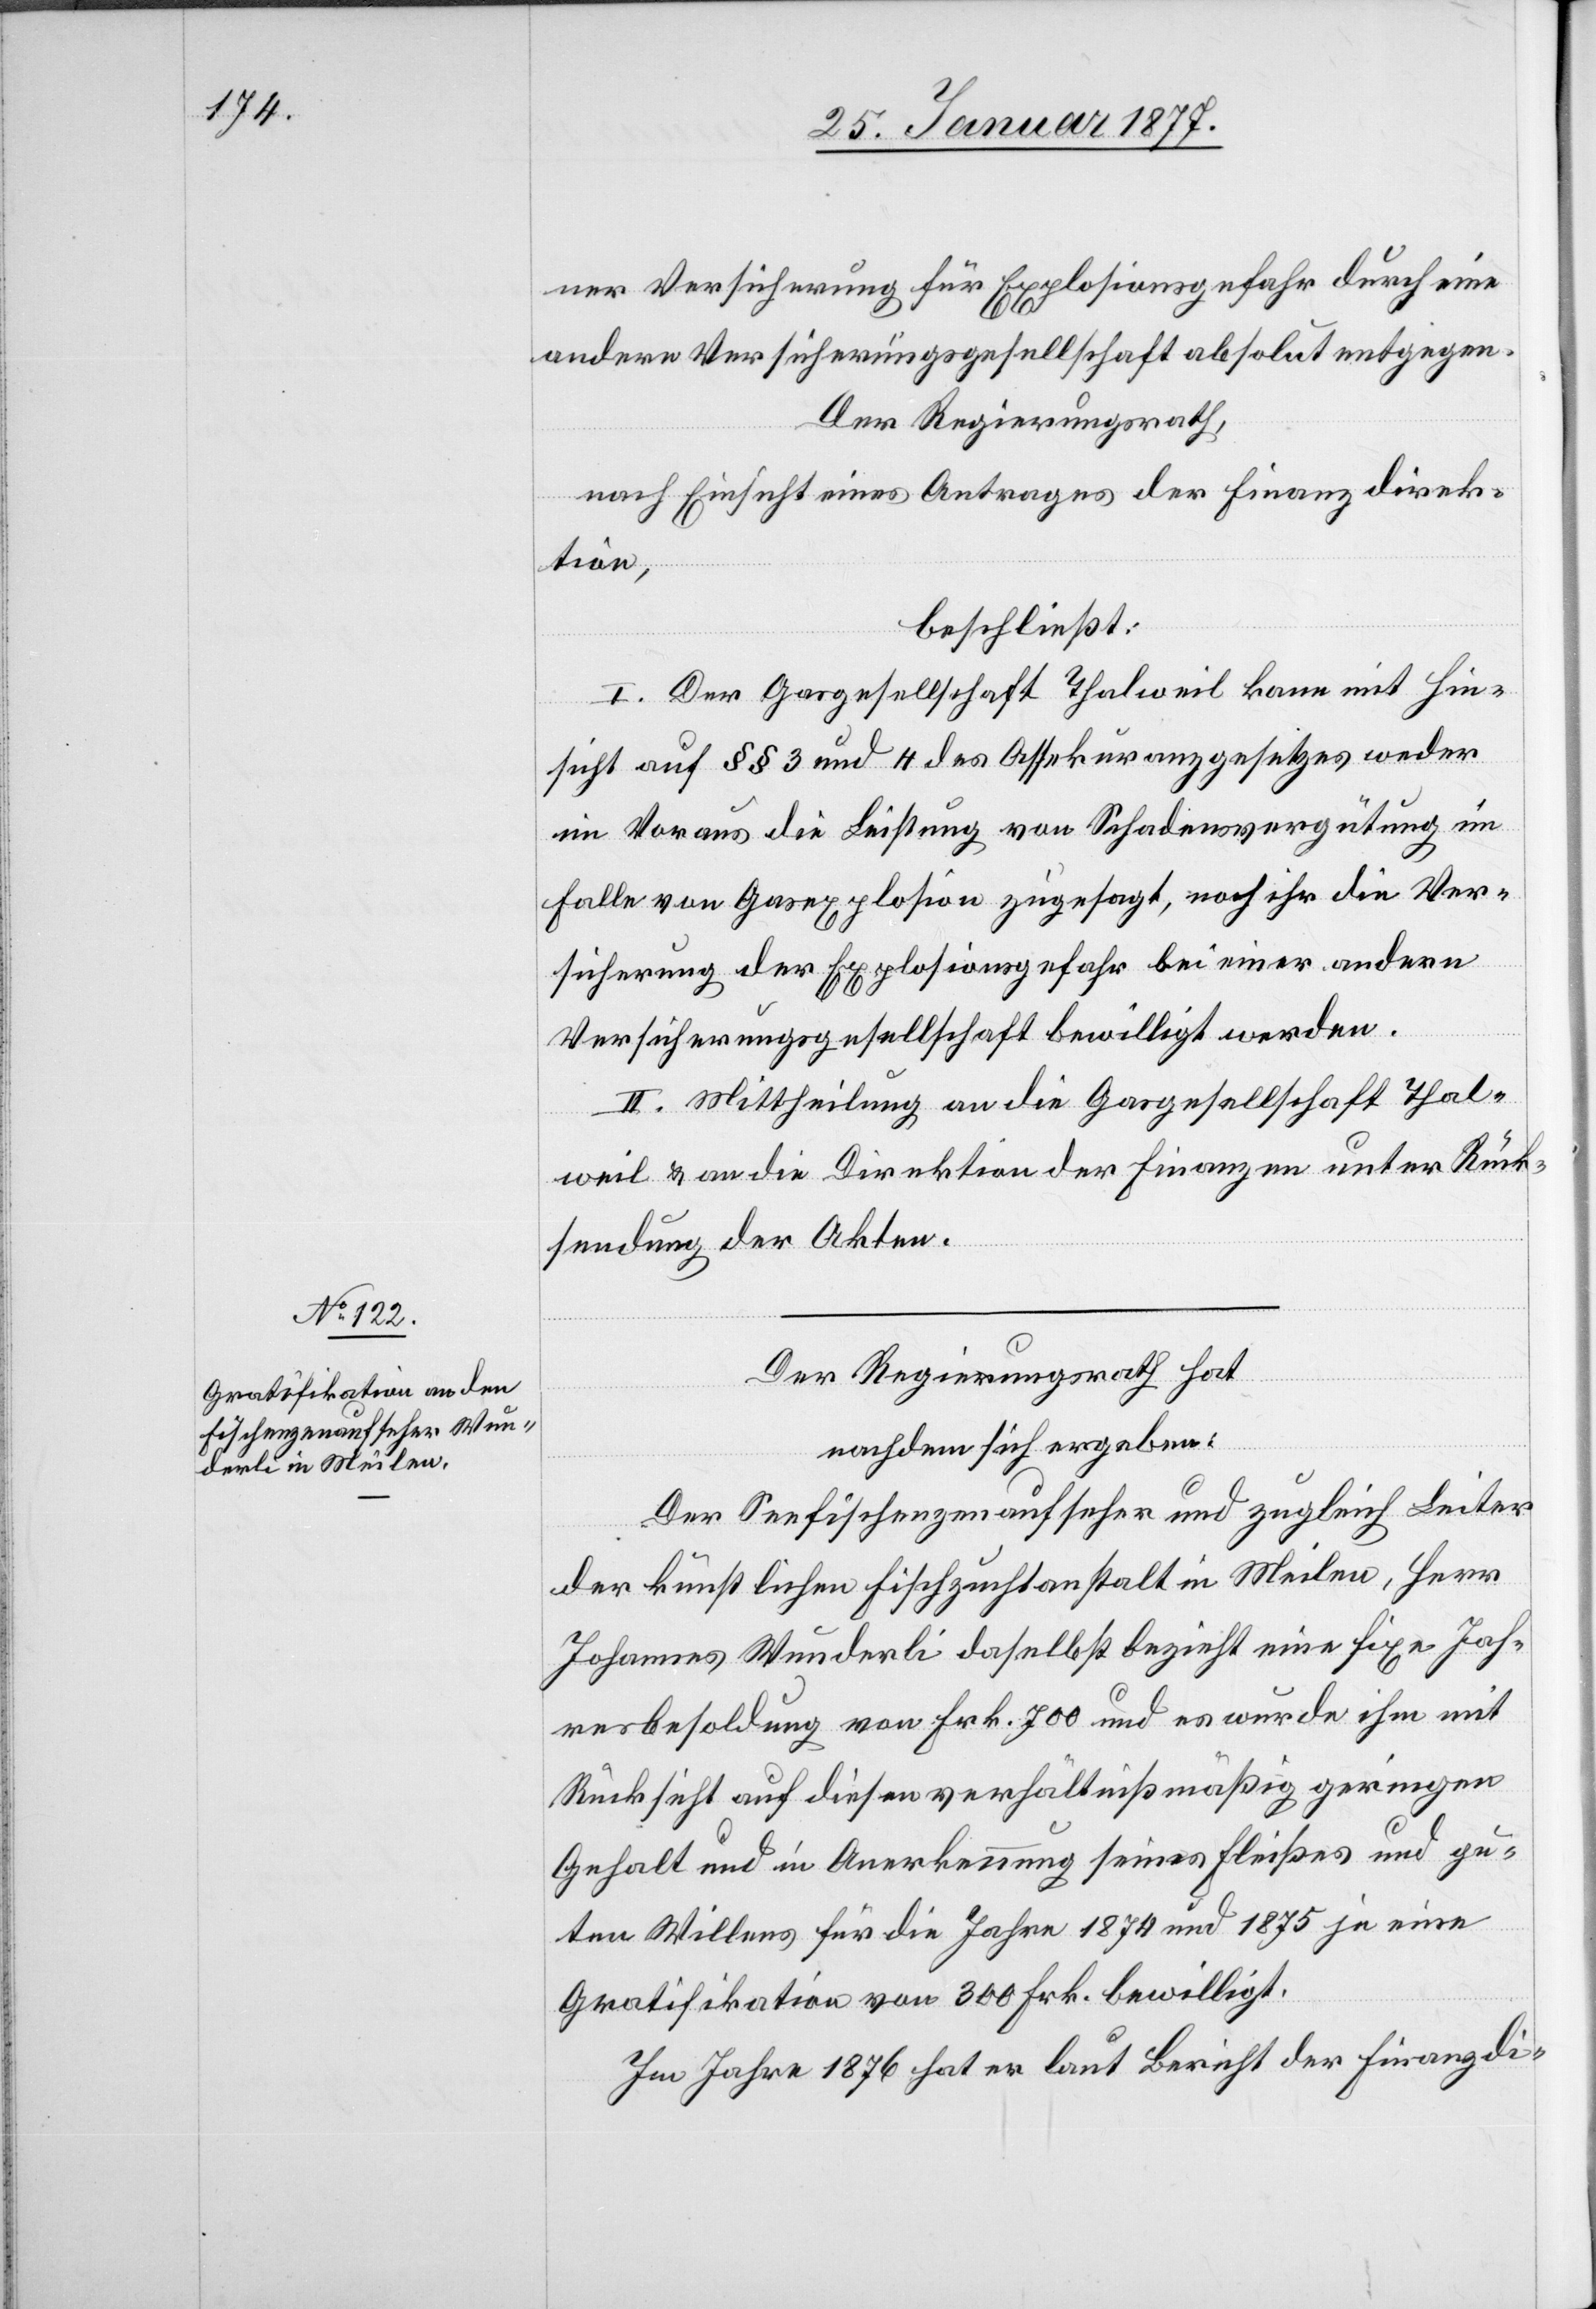
ner Versicherung für Explosionsgefahr durch eine
andere Versicherungsgesellschaft absolut entgegen.
Der Regierungsrath,
nach Einsicht eines Antrages der Finanzdirek¬
tion,
beschließt:
I. Der Gasgesellschaft Thalweil kann mit Hin¬
sicht auf §§ 3 und 4 des Assekuranzgesetzes weder
im Voraus die Leistung von Schadensvergütung im
Falle von Gasexplosion zugesagt, noch ihr die Ver¬
sicherung der Explosionsgefahr bei einer andern
Versicherungsgesellschaft bewilligt werden.
II. Mittheilung an die Gasgesellschaft Thal¬
weil & an die Direktion der Finanzen unter Rück¬
sendung der Akten.
Der Regierungsrath hat
nachdem sich ergeben:
Der Seefischenzenaufseher und zugleich Leiter
der künstlichen Fischzuchtanstalt in Meilen, Herr
Johannes Wunderli daselbst bezieht eine fixe Jah¬
resbesoldung von Frk. 700 und es wurde ihm mit
Rücksicht auf diesen verhältnißmäßig geringen
Gehalt und in Anerkennung seines Fleißes und gu¬
ten Willens für die Jahre 1874 und 1875 je eine
Gratifikation von 300 Frk. bewilligt.
Im Jahre 1876 hat er laut Bericht der Finanzdi-